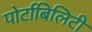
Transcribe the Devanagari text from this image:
पोर्टाबिलिटी